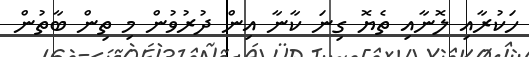
ހަކުރާއި ލޮނާއި ތެޔޮ ގިނަ ކާނާ އިން ދުރުވުން މި ތިން ބާތުން